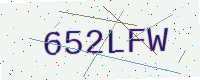
Text: 652LFW